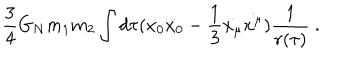
LaTeX: { \frac { 3 } { 4 } } G _ { N } m _ { 1 } m _ { 2 } \int d \tau ( \dot { x _ { 0 } } \dot { x _ { 0 } } - { \frac { 1 } { 3 } } \dot { x _ { \mu } } \dot { x ^ { \mu } } ) { \frac { 1 } { r ( \tau ) } } ~ .